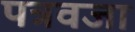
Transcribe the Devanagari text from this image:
पत्रवजा